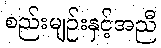
စည်းမျဉ်းနှင့်အညီ